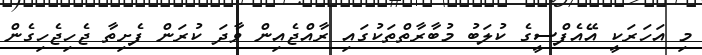
މި އަހަރަކީ އޭއެފްސީގެ ކުލަބު މުބާރާތްތަކުގައި ރާއްޖެއިން ވާދަ ކުރަން ފެށިތާ ޖެހިޖެހިގެން